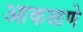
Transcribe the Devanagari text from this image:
आकळणे